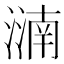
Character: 㵜